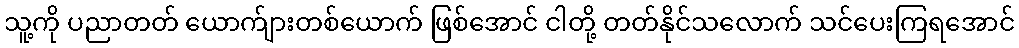
သူ့ကို ပညာတတ် ယောက်ျားတစ်ယောက် ဖြစ်အောင် ငါတို့ တတ်နိုင်သလောက် သင်ပေးကြရအောင်